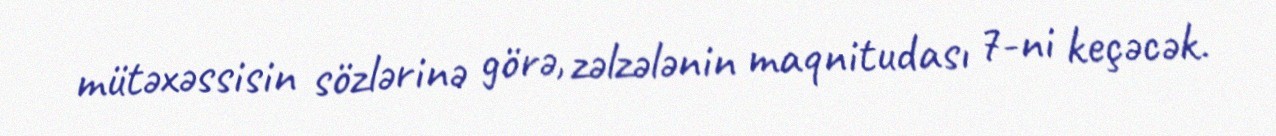
mütəxəssisin sözlərinə görə, zəlzələnin maqnitudası 7-ni keçəcək.